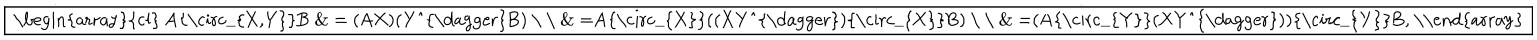
\fbox { \begin{array} { c l } { { A { \circ _ { X , Y } } B } } & { { = ( A X ) ( Y ^ { \dagger } B ) } } \\ { { } } & { { = A { \circ _ { X } } ( ( X Y ^ { \dagger } ) { \circ _ { X } } B ) } } \\ { { } } & { { = ( A { \circ _ { Y } } ( X Y ^ { \dagger } ) ) { \circ _ { Y } } B , } } \\ \end{array} }